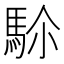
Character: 𩢜